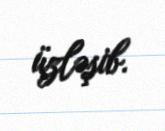
üzləşib.